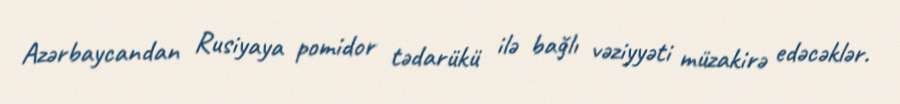
Azərbaycandan Rusiyaya pomidor tədarükü ilə bağlı vəziyyəti müzakirə edəcəklər.